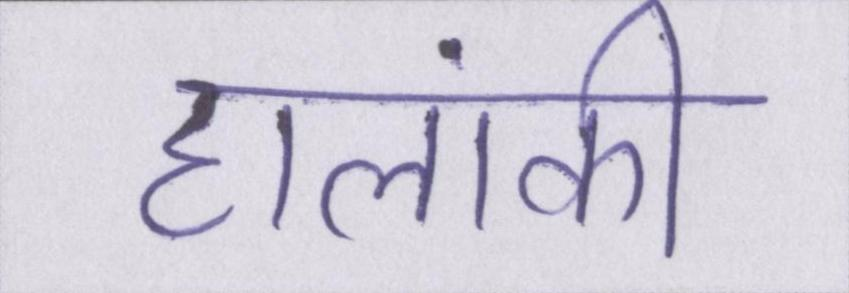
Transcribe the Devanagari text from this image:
हालांकी